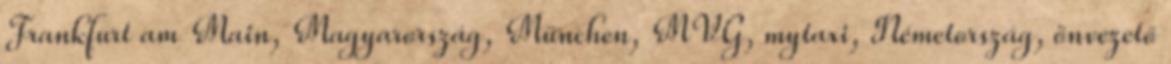
Frankfurt am Main, Magyarország, München, MVG, mytaxi, Németország, önvezető